Vaccination in the Punjab 1919-1929 - 1919-1929
Year: 1919
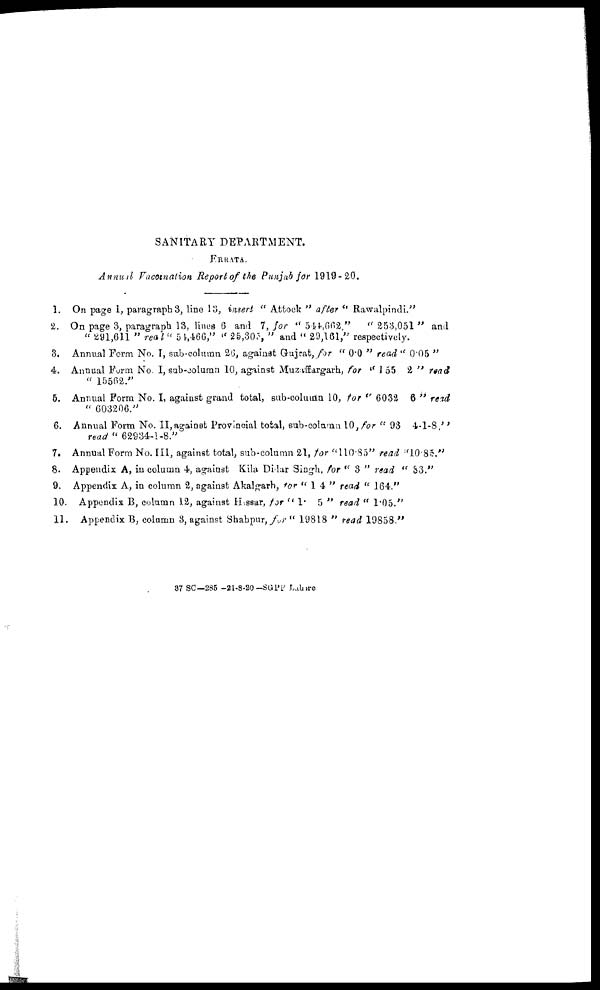
SANITARY DEPARTMENT.
ERRATA.
Annual Vaccination Report of the Punjab for 1919-20.
1. On page 1, paragraph 3, line 13, insert " Attock " after
"Rawalpindi."
2. On page 3, paragraph 13, lines 6 and 7, for " 544,662," "253,051" and
"291,611" real "54,466," " 25,305," and "29,161," respectively.
3. Annual Form No. I, sub-column 26, against Gujrat, ƒor " 0.0 " read "0.05"
4. Annual Form No. I, sub-column 10, against Muzaffargarh, for " 155 2 " read
"15562."
5. Annual Form No. I, against grand total, sub-column 10, for " 6032 6 " read
" 603206."
6. Annual Form No. II, against Provincial total, sub-column 10, for " 93 4-1-8 ''
read "62934-1-8."
7. Annual Form No. III, against total, sub-column 21, for "110.85" read "10.85."
8. Appendix A, in column 4, against Kila Didar Singh, for " 3 " read " 33."
9. Appendix A, in column 2, against Akalgarh, for "14" read "164."
10. Appendix B, column 12, against Hissar, for " 1.5 " read " 1.05."
11. Appendix B, column 3, against Shahpur, for " 19818 " read 19858,"
37 SC—285 -21-8-20-SGPP Lahore